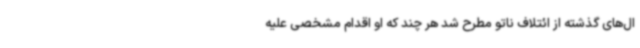
ال‌های گذشته از ائتلاف ناتو مطرح شد هر چند که او اقدام مشخصی علیه